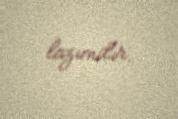
lazımdır.